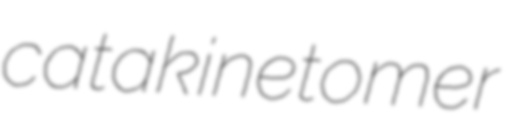
catakinetomer